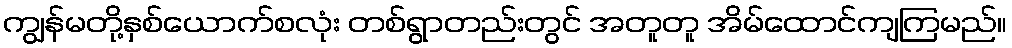
ကျွန်မတို့နှစ်ယောက်စလုံး တစ်ရွာတည်းတွင် အတူတူ အိမ်ထောင်ကျကြမည်။